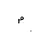
Letter: _mim